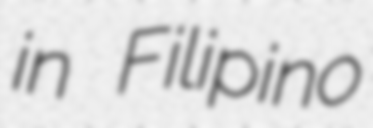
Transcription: in Filipino